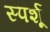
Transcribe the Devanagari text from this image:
स्पर्शू